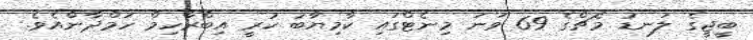
ބީޖީގެ ލަނޑު މެޗްގެ 69 ވަނަ މިނެޓްގައި ކާމިޔާބު ކުރީ އިބްރާހިމް ހަމްދާންއެވެ.